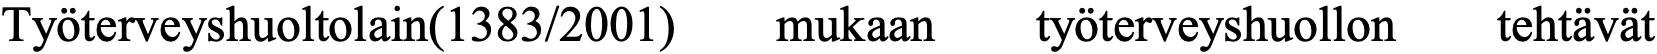
Työterveyshuoltolain(1383/2001) mukaan työterveyshuollon tehtävät